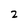
Character: 2